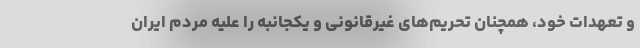
و تعهدات خود، همچنان تحریم‌های غیرقانونی و یکجانبه را علیه مردم ایران